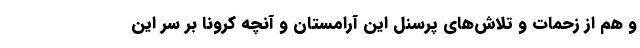
و هم از زحمات و تلاش‌های پرسنل این آرامستان و آنچه کرونا بر سر این